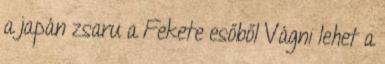
a japán zsaru a Fekete esőből Vágni lehet a